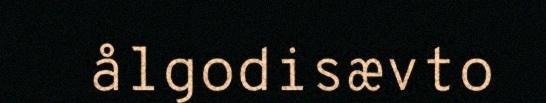
ålgodisævto